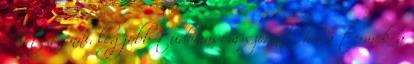
lehet tenni, legjobb tudomasom szerint, ha a termek a